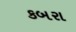
કબરા